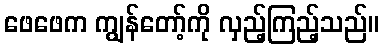
ဖေဖေက ကျွန်တော့်ကို လှည့်ကြည့်သည်။